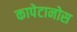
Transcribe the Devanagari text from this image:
कापेटानोस